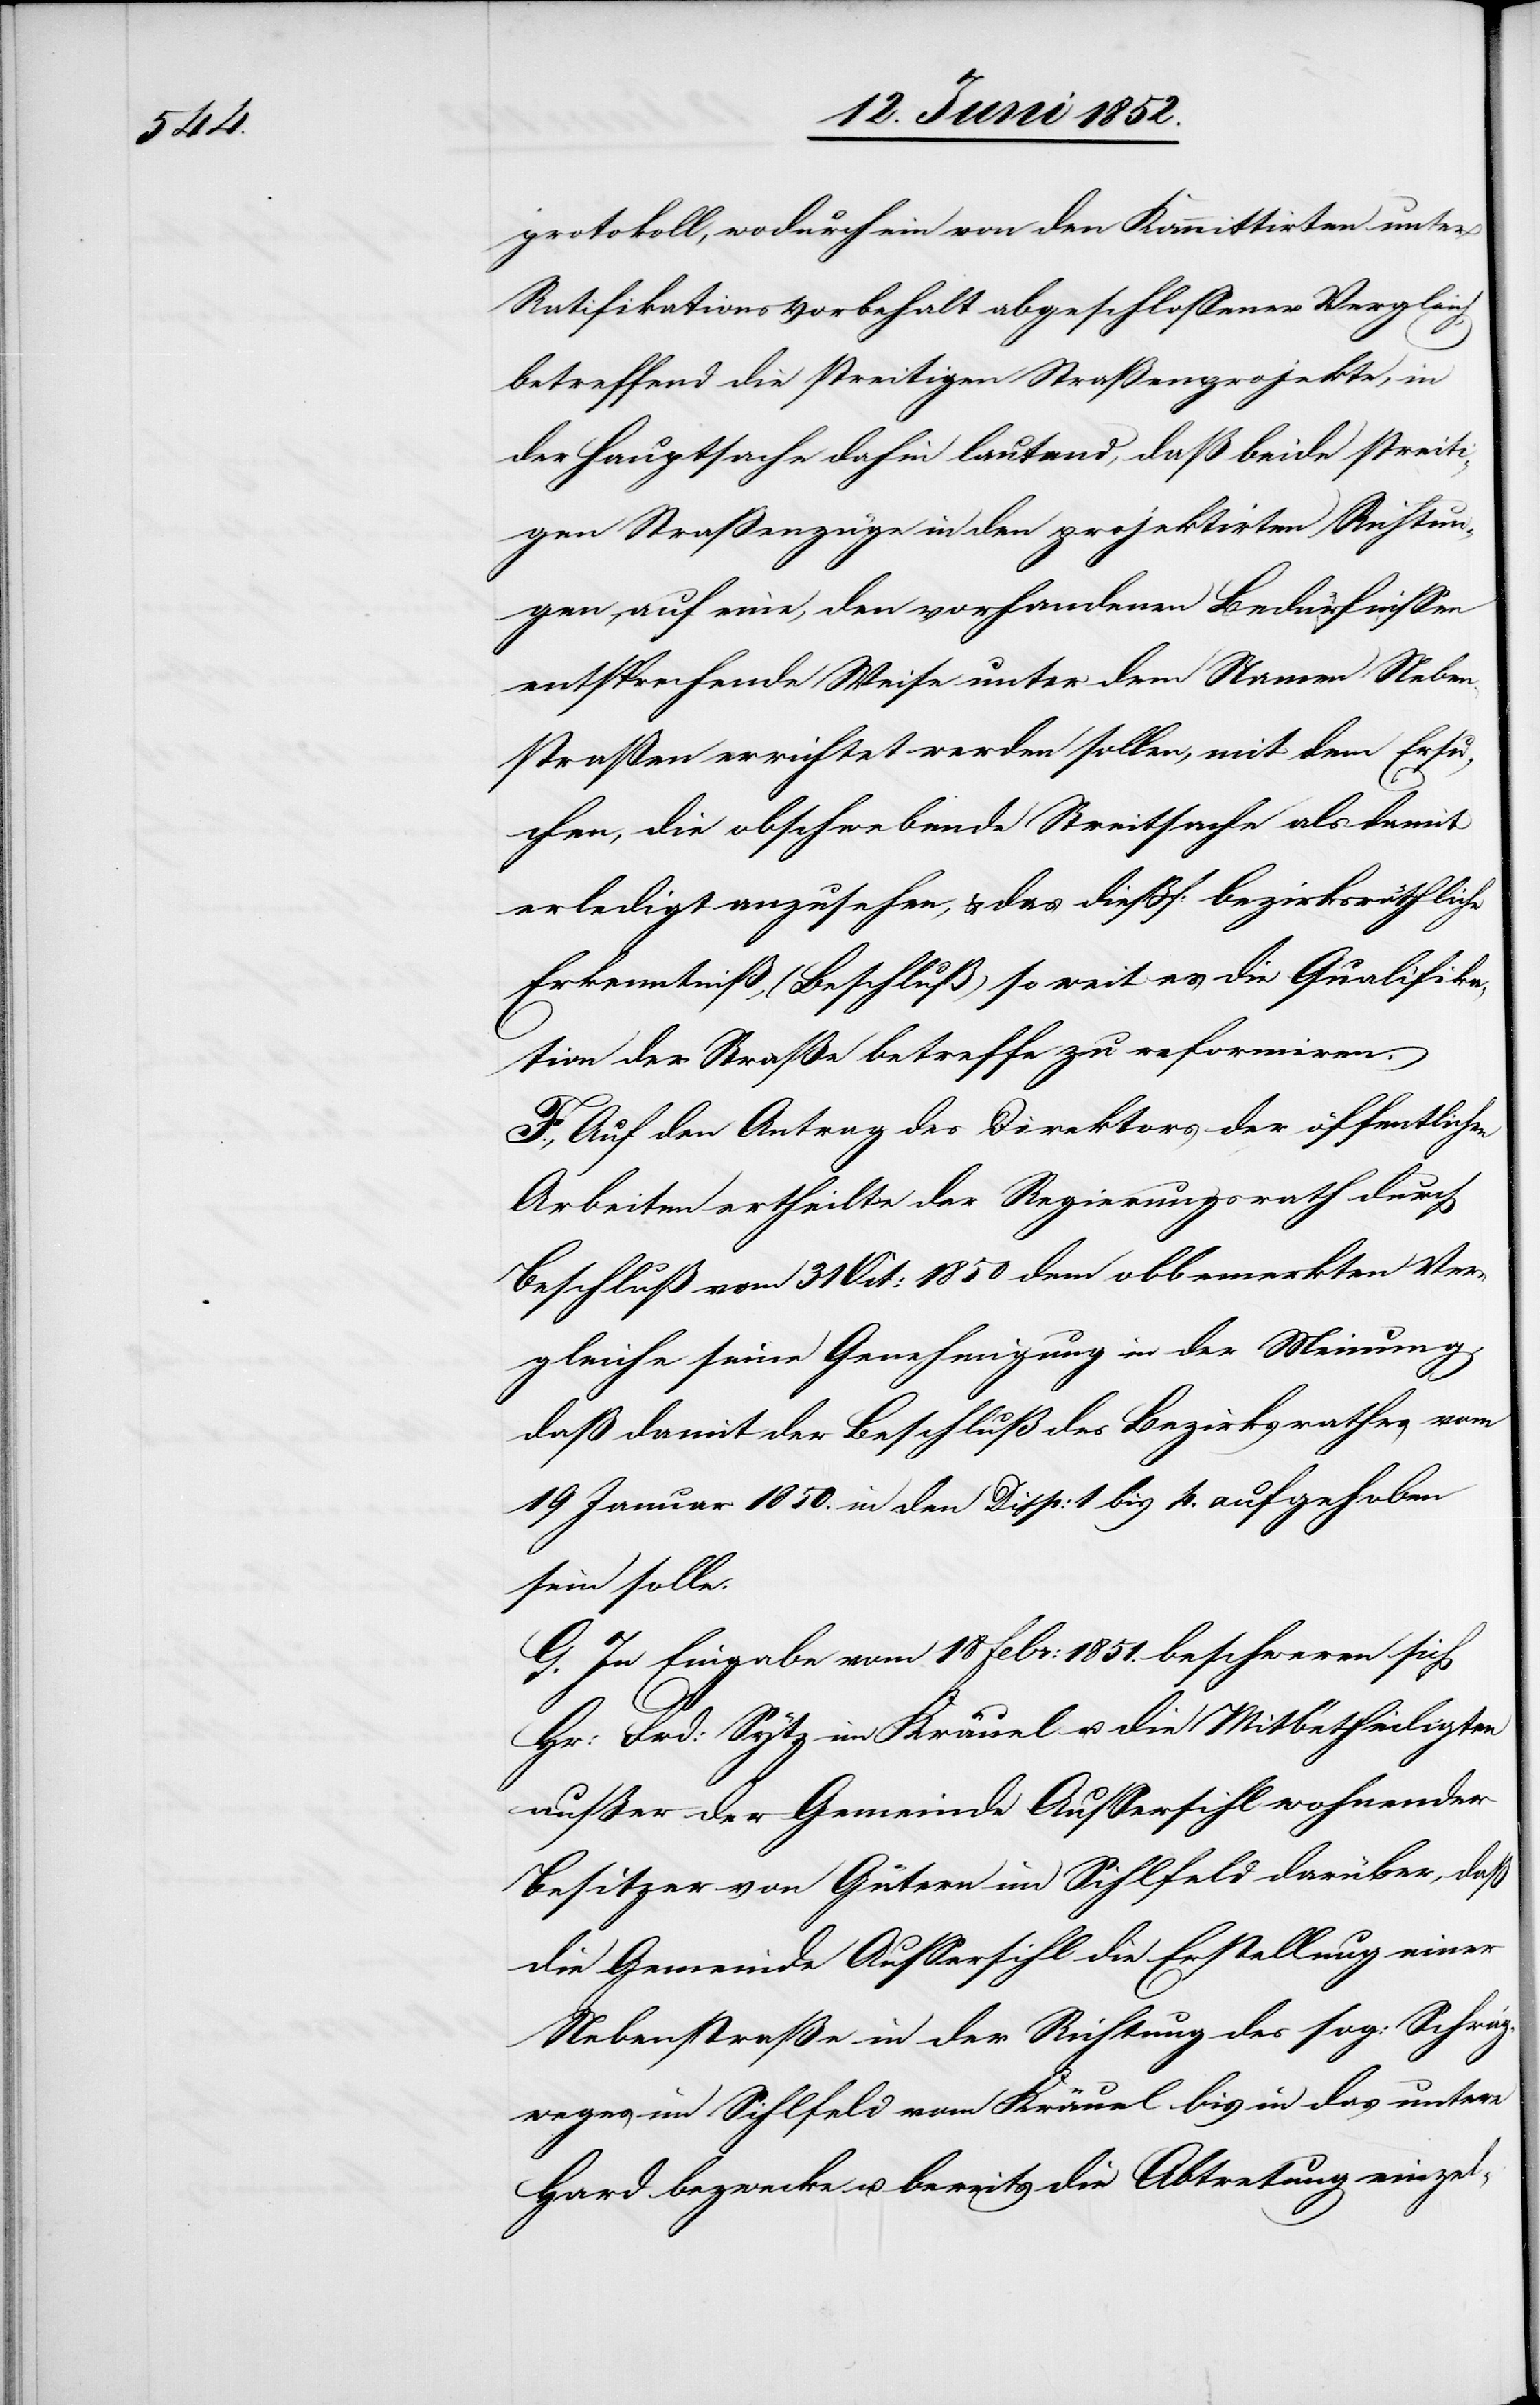
protokoll, wodurch ein von den Kommittirten unter
Ratifikationsvorbehalt abgeschlossener Vergleich,
betreffend die streitigen Straßenprojekte, in
der Hauptsache dahin lautend, daß beide streiti¬
gen Straßenzüge in den projektirten Richtun¬
gen, auf eine, den vorhandenen Bedürfnissen
entsprechende Weise unter dem Namen Neben¬
straßen errichtet werden sollen, mit dem Ersu¬
chen, die obschwebende Streitsache als damit
erledigt anzusehen, & das dießf: bezirksräthliche
Erkenntniß, (Beschluß) so weit es die Qualifika¬
tion der Straße betreffe zu reformiren.
F., Auf den Antrag des Direktors der öffentlichen
Arbeiten ertheilte der Regierungsrath durch
Beschluß vom 31 Oct: 1850 dem obbemerkten Ver¬
gleiche seine Genehmigung in der Meinung,
daß damit der Beschluß des Bezirksrathes vom
19 Januar 1850. in den Disp: 1 bis 4. aufgehoben
sein solle.
G. In Eingabe vom 18 Febr: 1851. beschweren sich
Hr: Frd: Sytz im Kräuel u. die Mitbetheiligten
außer der Gemeinde Aussersihl wohnender
Besitzer von Gütern im Sihlfeld darüber, daß
die Gemeinde Aussersihl die Erstellung einer
Nebenstraße in der Richtung des sog: Schräg¬
weges im Sihlfeld vom Kräuel bis in das untere
Hard bezwecke u. bereits die Abtretung einzel-